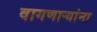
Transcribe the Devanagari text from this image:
वागणाऱ्यांना